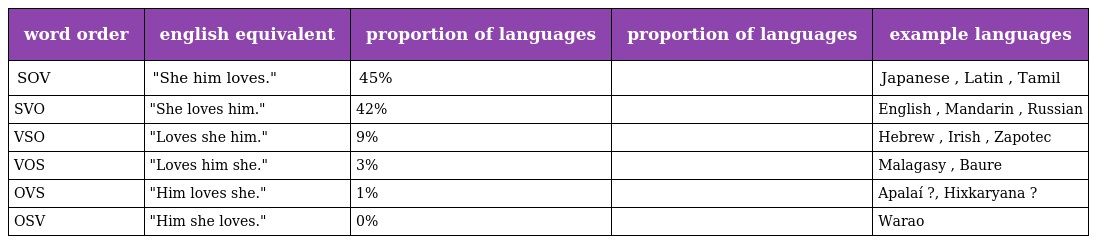
| word order | english equivalent | proportion of languages | proportion of languages | example languages |
 | --- | --- | --- | --- | --- |
 | SOV | "She him loves." | 45% |  | Japanese , Latin , Tamil |
 | SVO | "She loves him." | 42% |  | English , Mandarin , Russian |
 | VSO | "Loves she him." | 9% |  | Hebrew , Irish , Zapotec |
 | VOS | "Loves him she." | 3% |  | Malagasy , Baure |
 | OVS | "Him loves she." | 1% |  | Apalaí ?, Hixkaryana ? |
 | OSV | "Him she loves." | 0% |  | Warao |